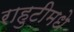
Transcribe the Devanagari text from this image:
राहुटीमधे